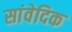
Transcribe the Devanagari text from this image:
सांवेदिक